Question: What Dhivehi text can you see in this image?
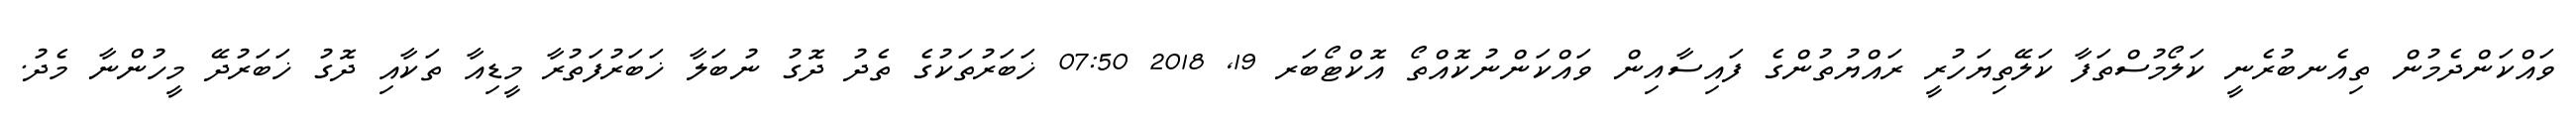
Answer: ވައްކަންދެމުން ތިއެނބުރެނީ ކަލޯމުސްތަފާ ކަލޭތިޔަހުރީ ރައްޔުތުންގެ ފައިސާއިން ވައްކަންނުކޮއްތޯ އޮކްޓޯބަރ 19, 2018 07:50 ޚަބަރުތަކުގެ ތެދު ދޮގު ނުބަލާ ޚަބަރުފަތުރާ މީޑިއާ ތަކާއި ދޮގު ޚަބަރުދޭ މީހުންނާ މެދު.